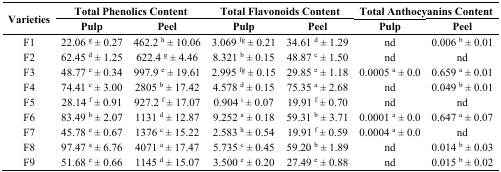
| <ROWSPAN=2> Varieties | <COLSPAN=2> Total Phenolics Content | <COLSPAN=2> Total Flavonoids Content | <COLSPAN=2> Total Anthocyanins Content |
 | Pulp | Peel | Pulp | Peel | Pulp | Peel |
 | --- | --- | --- | --- | --- | --- | --- |
 | F1 | 22.06 g ± 0.27 | 462.2 h ± 10.06 | 3.069 fg ± 0.21 | 34.61 d ± 1.29 | nd | 0.006 b ± 0.01 |
 | F2 | 62.45 d ± 1.25 | 622.4 g ± 4.46 | 8.321 b ± 0.15 | 48.87 c ± 1.50 | nd | nd |
 | F3 | 48.77 e ± 0.34 | 997.9 e ± 19.61 | 2.995 fg ± 0.15 | 29.85 e ± 1.18 | 0.0005 a ± 0.0 | 0.659 a ± 0.01 |
 | F4 | 74.41 c ± 3.00 | 2805 b ± 17.42 | 4.578 d ± 0.15 | 75.35 a ± 2.68 | nd | 0.049 b ± 0.01 |
 | F5 | 28.14 f ± 0.91 | 927.2 f ± 17.07 | 0.904 i ± 0.07 | 19.91 f ± 0.70 | nd | nd |
 | F6 | 83.49 b ± 2.07 | 1131 d ± 12.87 | 9.252 a ± 0.18 | 59.31 b ± 3.71 | 0.0001 a ± 0.0 | 0.647 a ± 0.07 |
 | F7 | 45.78 e ± 0.67 | 1376 c ± 15.22 | 2.583 h ± 0.54 | 19.91 f ± 0.59 | 0.0004 a ± 0.0 | nd |
 | F8 | 97.47 a ± 6.76 | 4071 a ± 17.47 | 5.735 c ± 0.45 | 59.20 b ± 1.89 | nd | 0.014 b ± 0.03 |
 | F9 | 51.68 e ± 0.66 | 1145 d ± 15.07 | 3.500 e ± 0.20 | 27.49 e ± 0.88 | nd | 0.015 b ± 0.02 |